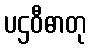
ပဌဝီဓာတု